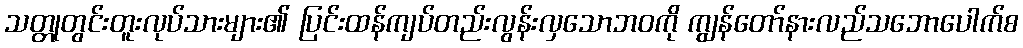
သတ္တုတွင်းတူးလုပ်သားများ၏ ပြင်းထန်ကျပ်တည်းလွန်းလှသောဘဝကို ကျွန်တော်နားလည်သဘောပေါက်စ